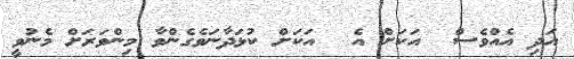
އަދި އެއްވެސް  އަކަށް އެ  އަކަށް ކުޅަދާނަވެގެންވާ މިންވަރަށް މެނުވީ